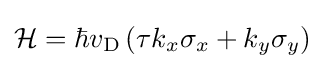
{\cal {H}}=\hbar v_{\rm {D}}\left(\tau k_{x}\sigma _{x}+k_{y}\sigma _{y}\right)